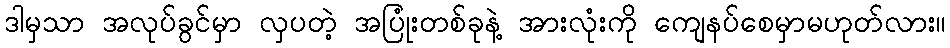
ဒါမှသာ အလုပ်ခွင်မှာ လှပတဲ့ အပြုံးတစ်ခုနဲ့ အားလုံးကို ကျေနပ်စေမှာမဟုတ်လား။